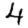
Digit: 4